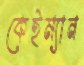
কেইম্যান